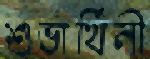
শুভার্থিনী